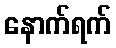
နောက်ရက်